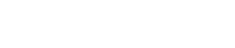
ဒါက သုံးလို့ရသေးလား။